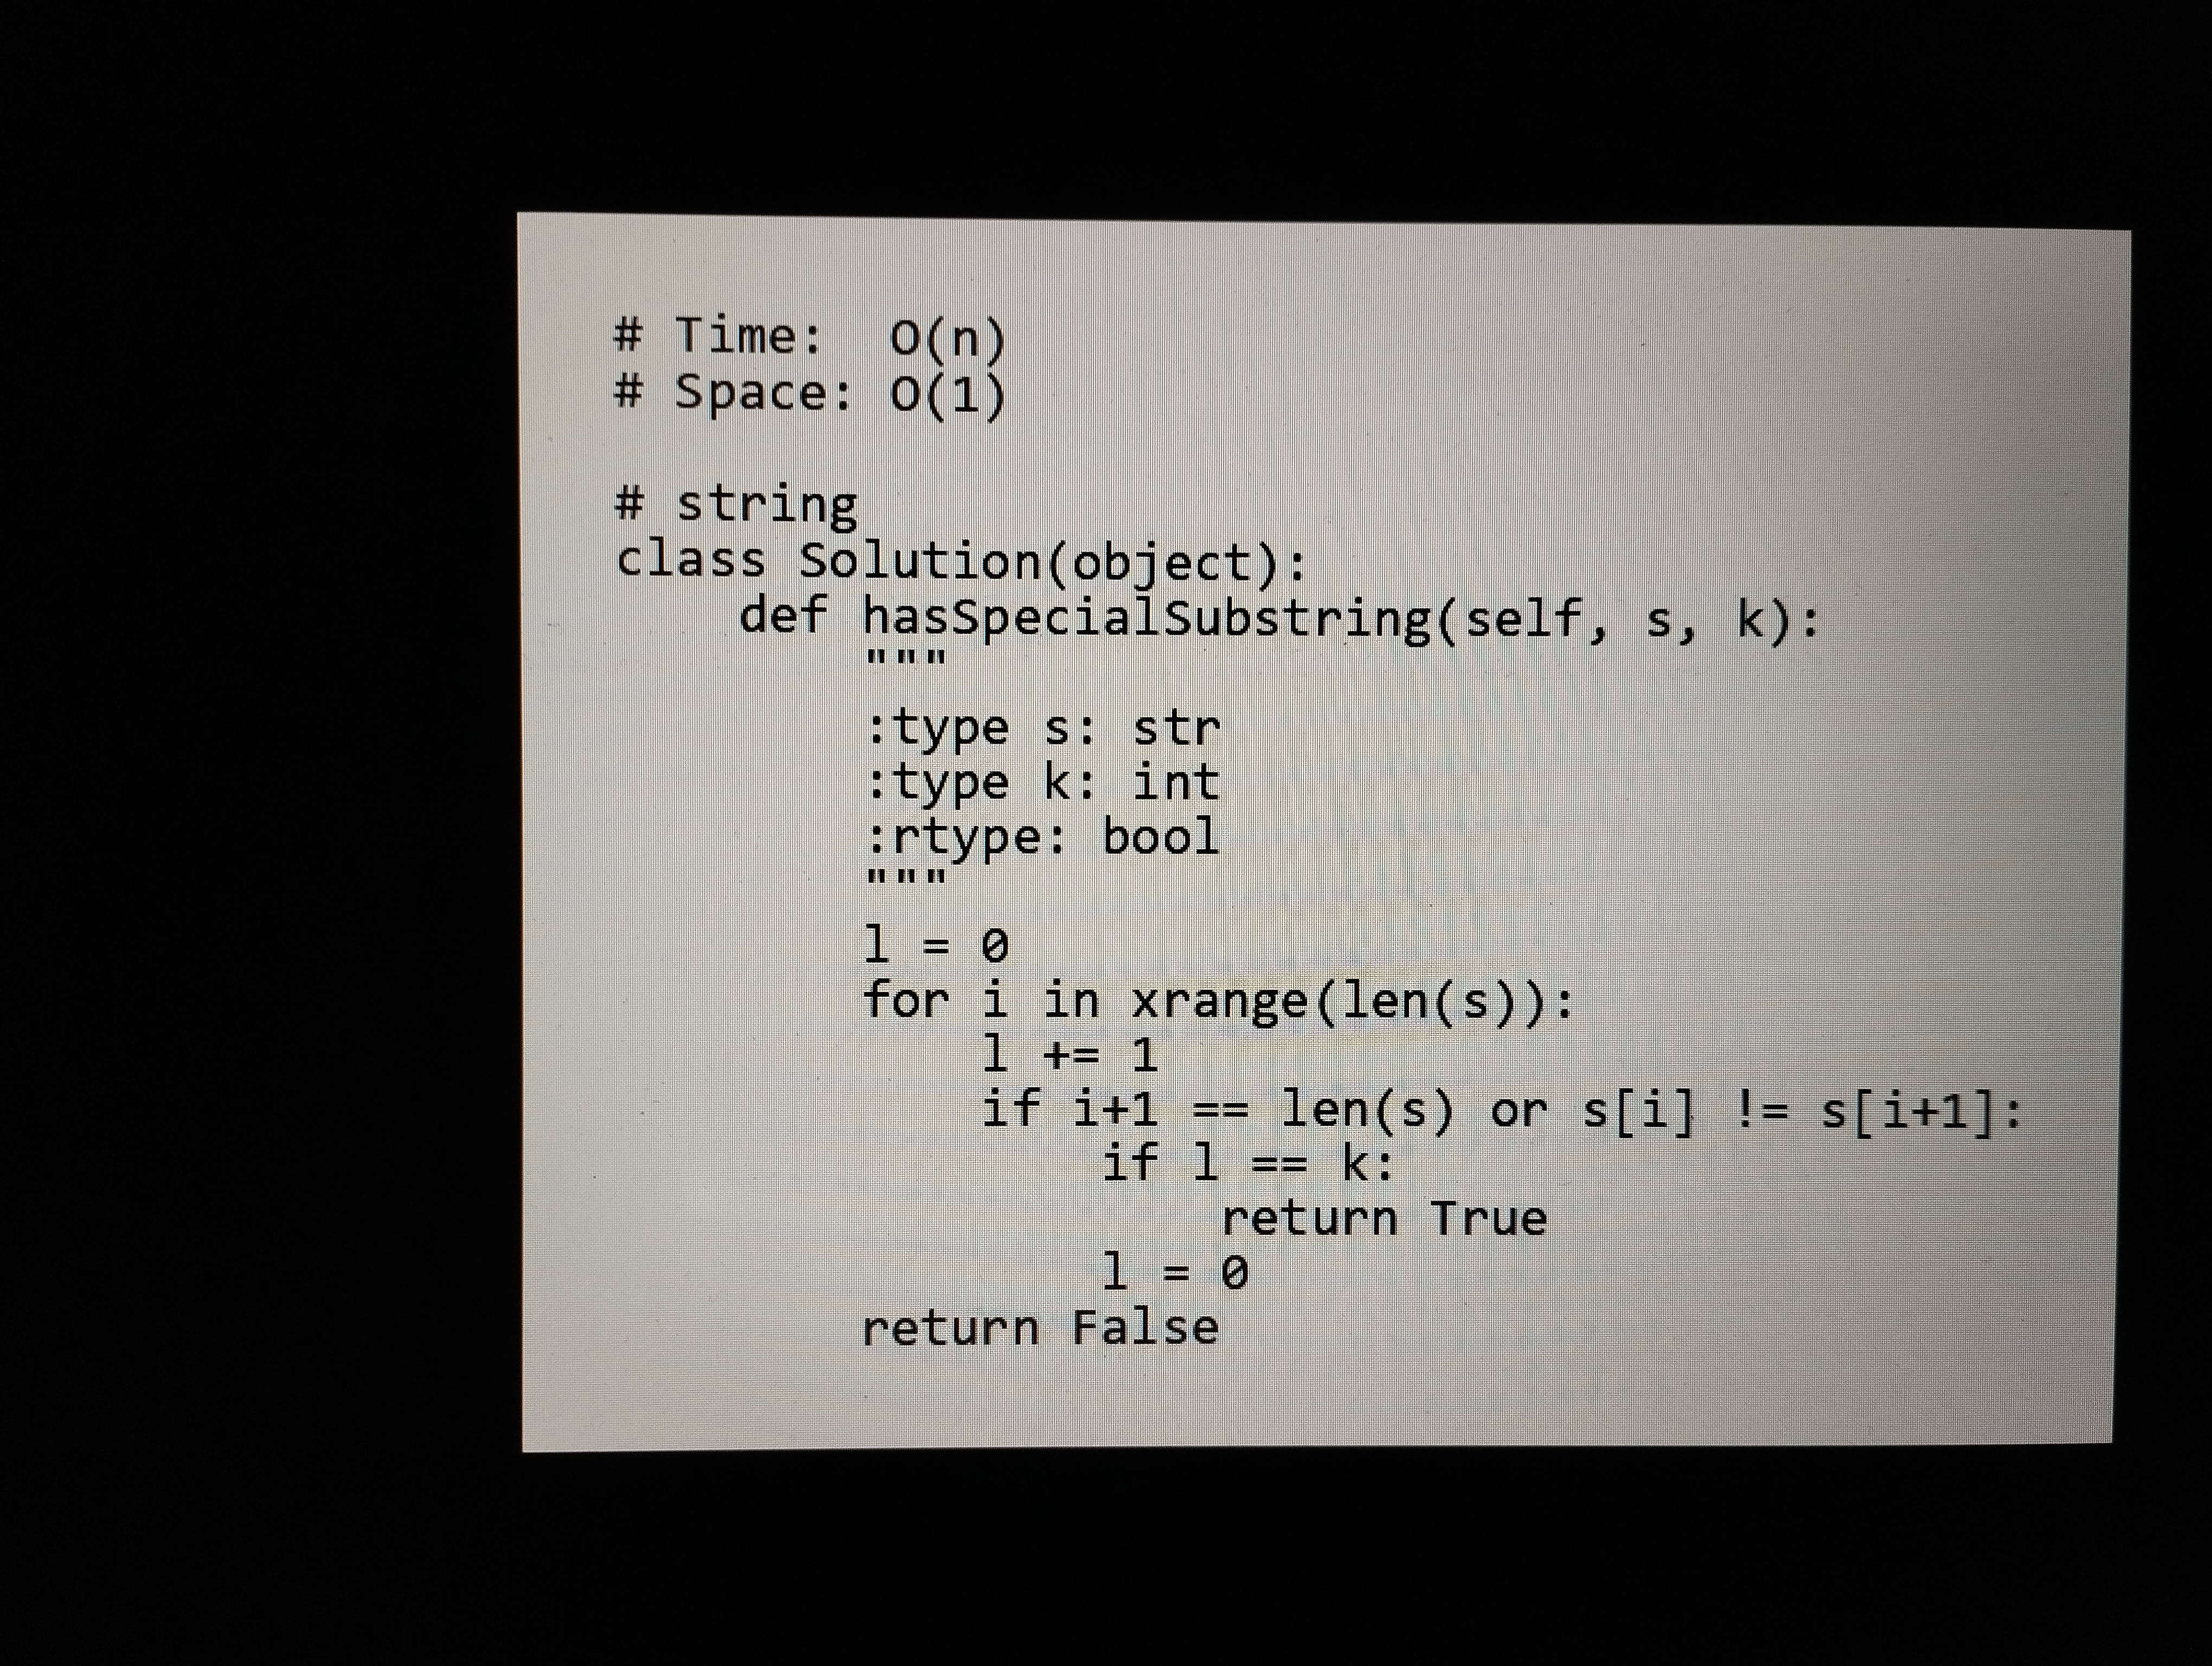
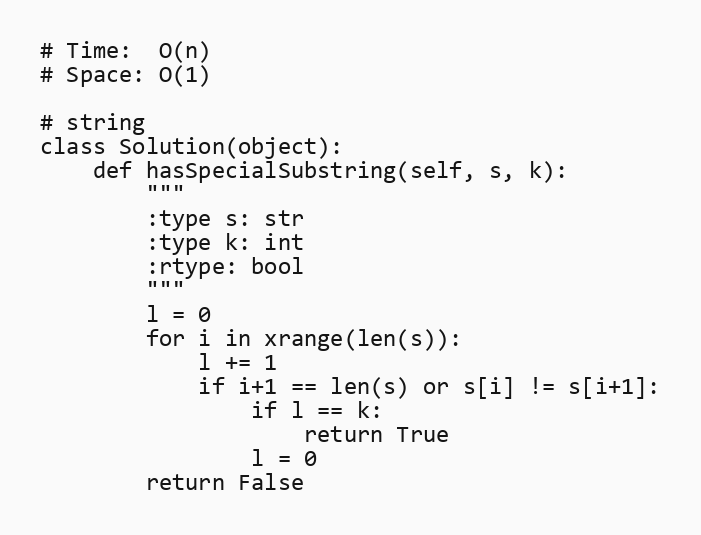
# Time:  O(n)
# Space: O(1)

# string
class Solution(object):
    def hasSpecialSubstring(self, s, k):
        """
        :type s: str
        :type k: int
        :rtype: bool
        """
        l = 0
        for i in xrange(len(s)):
            l += 1
            if i+1 == len(s) or s[i] != s[i+1]:
                if l == k:
                    return True
                l = 0
        return False